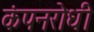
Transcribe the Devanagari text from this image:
कंपनरोधी